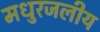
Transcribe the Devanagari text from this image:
मधुरजलीय